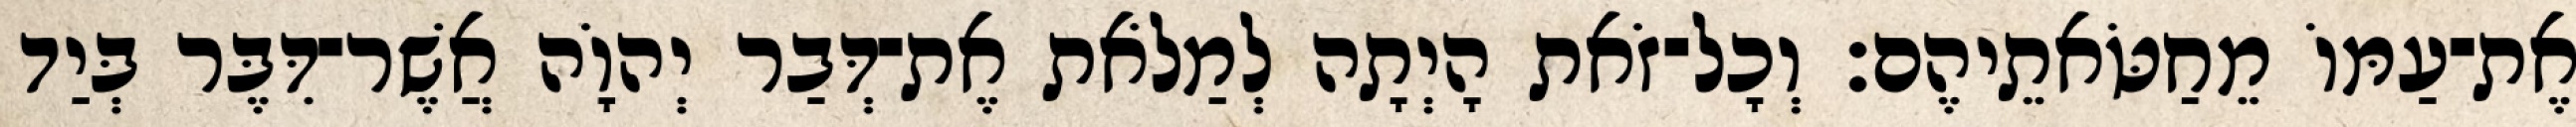
אֶת־עַמּוֹ מֵחַטֹּאתֵיהֶם׃ וְכָל־זֹאת הָיְתָה לְמַלֹאת אֶת־דְּבַר יְהוָֹה אֲשֶׁר־דִּבֶּר בְּיַד